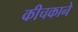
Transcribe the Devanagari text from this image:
कीचकाने